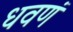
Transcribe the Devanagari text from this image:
धवणं